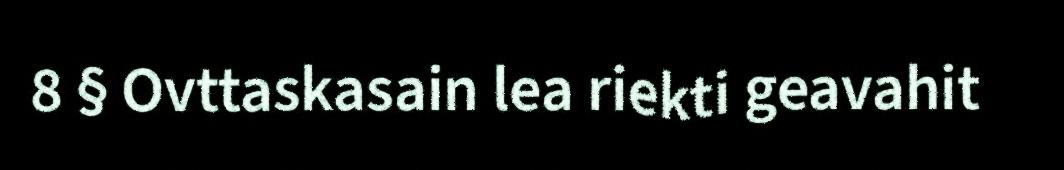
8 § Ovttaskasain lea riekti geavahit